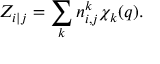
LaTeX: Z _ { i | j } = \sum _ { k } n _ { i , j } ^ { k } \chi _ { k } ( q ) .